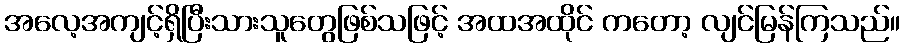
အလေ့အကျင့်ရှိပြီးသားသူတွေဖြစ်သဖြင့် အထအထိုင် ကတော့ လျင်မြန်ကြသည်။